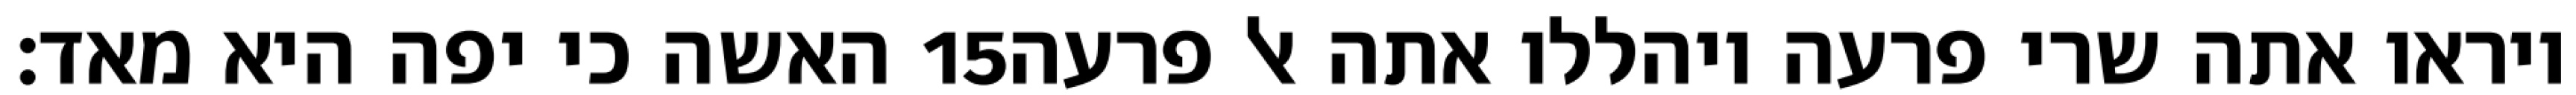
האשה כי יפה היא מאד׃ ‎15‏ ויראו אתה שרי פרעה ויהללו אתה אל פרעה